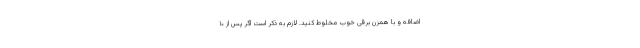
اضافه و با همزن برقی خوب مخلوط کنید. لازم به ذکر است اگر پس از ۱۰